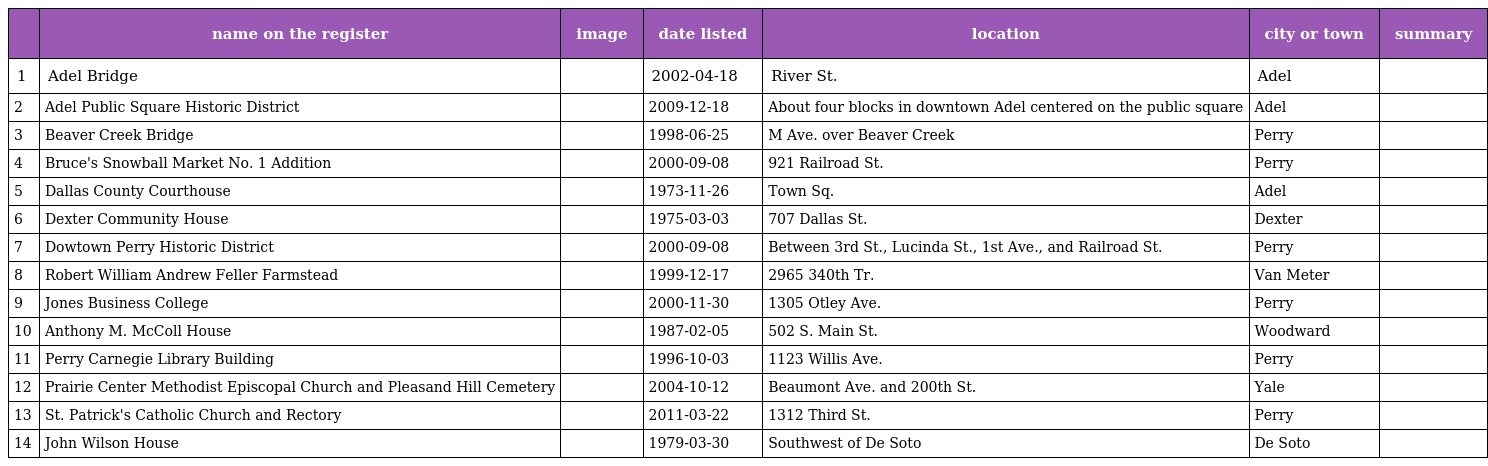
|  | name on the register | image | date listed | location | city or town | summary |
 | --- | --- | --- | --- | --- | --- | --- |
 | 1 | Adel Bridge |  | 2002-04-18 | River St. | Adel |  |
 | 2 | Adel Public Square Historic District |  | 2009-12-18 | About four blocks in downtown Adel centered on the public square | Adel |  |
 | 3 | Beaver Creek Bridge |  | 1998-06-25 | M Ave. over Beaver Creek | Perry |  |
 | 4 | Bruce's Snowball Market No. 1 Addition |  | 2000-09-08 | 921 Railroad St. | Perry |  |
 | 5 | Dallas County Courthouse |  | 1973-11-26 | Town Sq. | Adel |  |
 | 6 | Dexter Community House |  | 1975-03-03 | 707 Dallas St. | Dexter |  |
 | 7 | Dowtown Perry Historic District |  | 2000-09-08 | Between 3rd St., Lucinda St., 1st Ave., and Railroad St. | Perry |  |
 | 8 | Robert William Andrew Feller Farmstead |  | 1999-12-17 | 2965 340th Tr. | Van Meter |  |
 | 9 | Jones Business College |  | 2000-11-30 | 1305 Otley Ave. | Perry |  |
 | 10 | Anthony M. McColl House |  | 1987-02-05 | 502 S. Main St. | Woodward |  |
 | 11 | Perry Carnegie Library Building |  | 1996-10-03 | 1123 Willis Ave. | Perry |  |
 | 12 | Prairie Center Methodist Episcopal Church and Pleasand Hill Cemetery |  | 2004-10-12 | Beaumont Ave. and 200th St. | Yale |  |
 | 13 | St. Patrick's Catholic Church and Rectory |  | 2011-03-22 | 1312 Third St. | Perry |  |
 | 14 | John Wilson House |  | 1979-03-30 | Southwest of De Soto | De Soto |  |